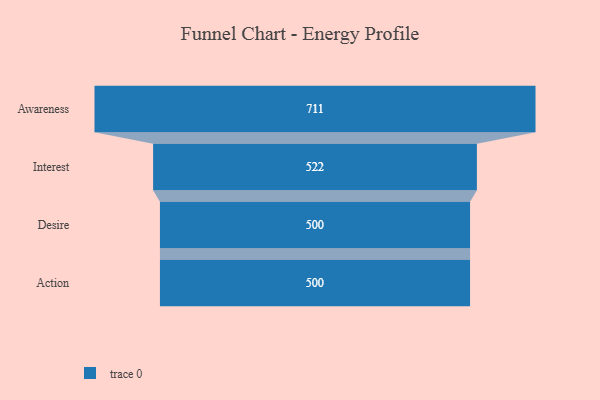
{"axis": {"x": "Stage", "y": "Value"}, "legend": [""], "data": [{"x": "Awareness", "y": 711.0, "type": ""}, {"x": "Interest", "y": 522.0, "type": ""}, {"x": "Desire", "y": 500, "type": ""}, {"x": "Action", "y": 500, "type": ""}]}